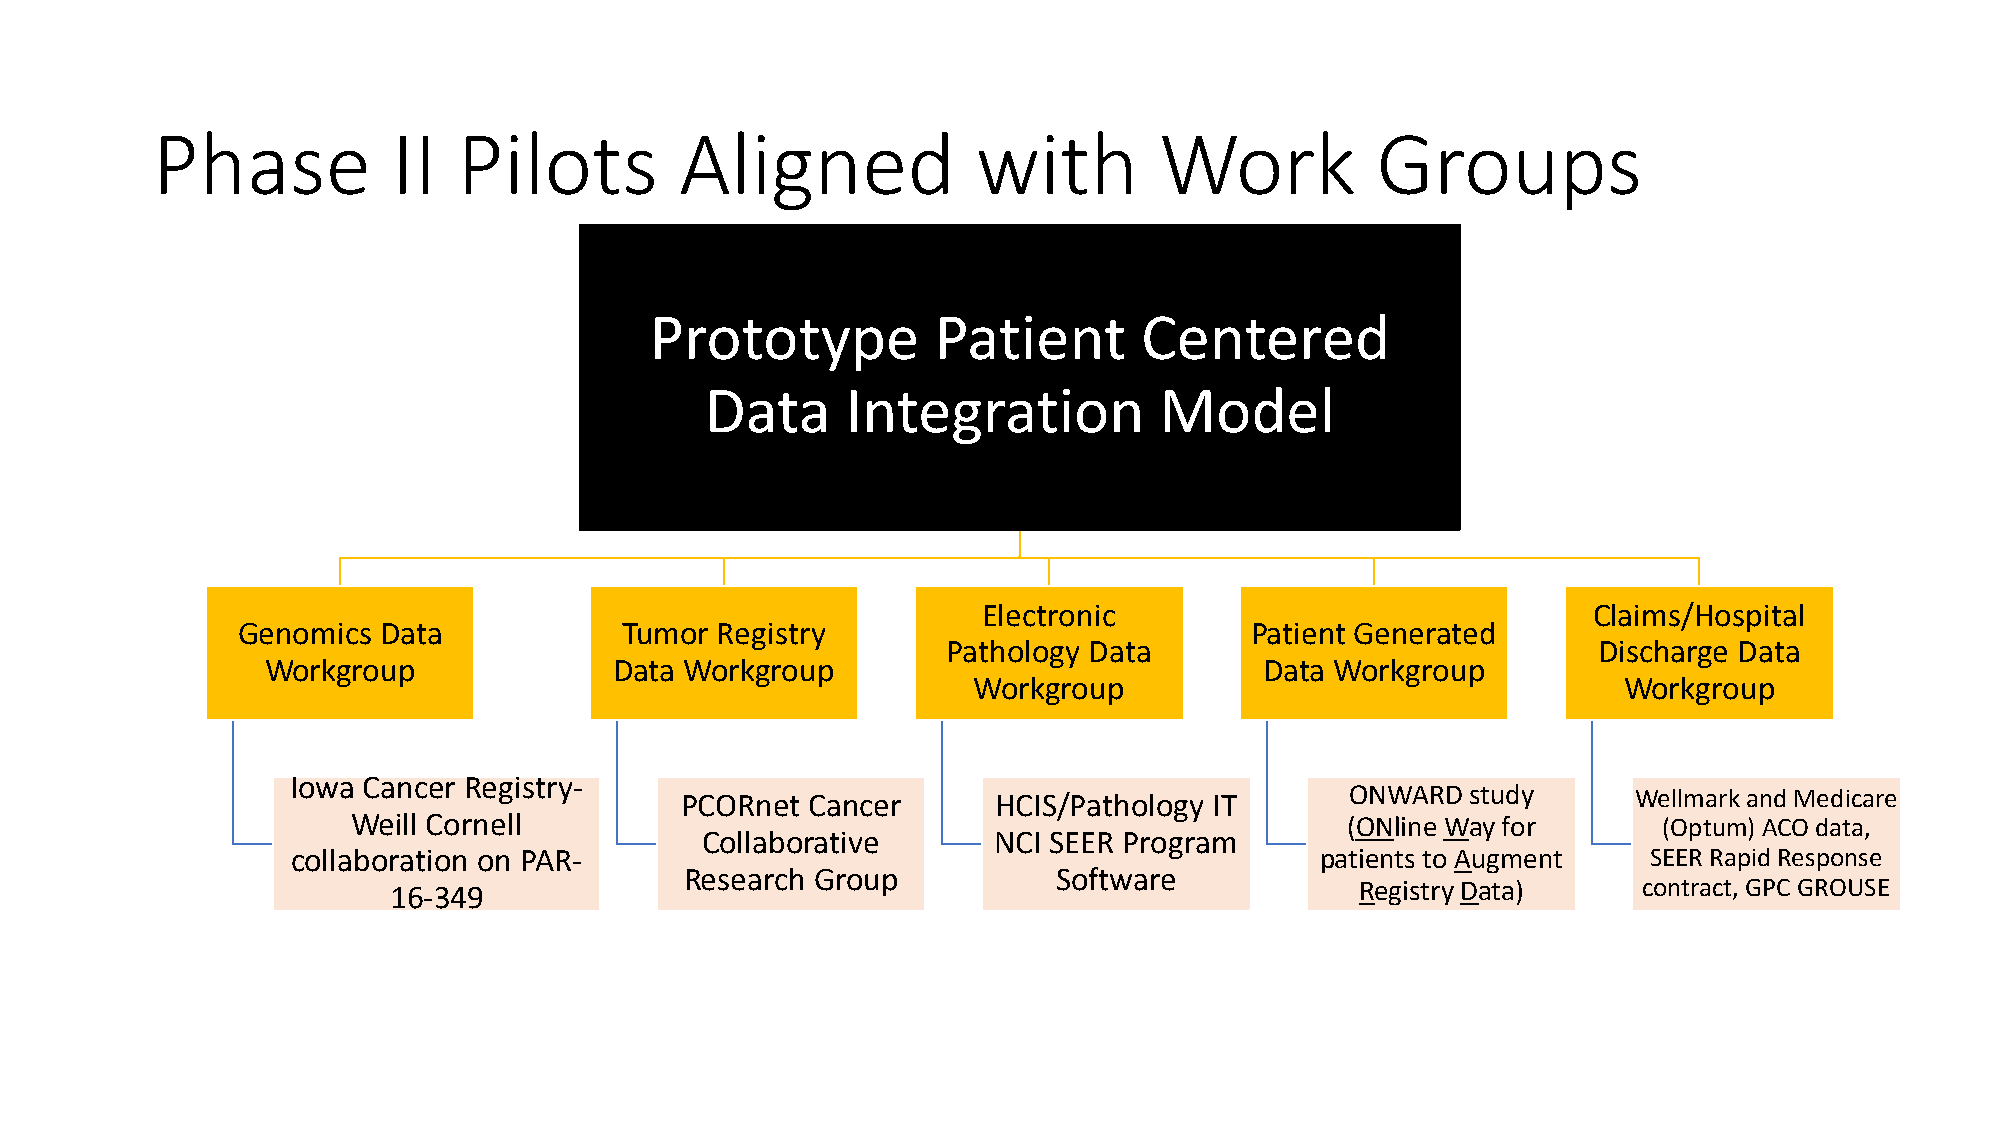
Phase           II  Pilots         Aligned             with        Work          Groups
 Prototype          Patient       Centered
 Data     Integration          Model
 Electronic                              Claims/Hospital
 Genomics Data            Tumor Registry                            Patient Generated
 Pathology Data                             Discharge Data
 Workgroup              Data Workgroup                             Data Workgroup
 Workgroup                                  Workgroup
 Iowa Cancer Registry-
 PCORnet Cancer       HCIS/Pathology IT      ONWARD  study      Wellmark and Medicare
 Weill Cornell                                                     (ONline Way for      (Optum) ACO data,
 Collaborative       NCI SEER Program
 collaboration on PAR-                                               patients to Augment   SEER Rapid Response
 Research Group           Software
 16-349                                                          Registry Data)     contract, GPC GROUSE